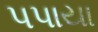
પપાયા